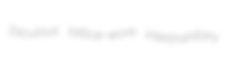
faculous lattice-work interpupillary